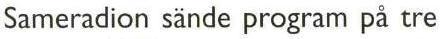
Sameradion sände program på tre